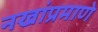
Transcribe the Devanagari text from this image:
नखांप्रमाणे